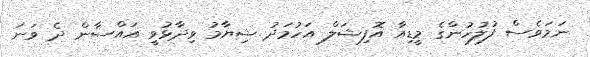
ނަމަވެސް ފުލުހުންގެ މީޑިއާ އޮފިޝަލް އަހުމަދު ޝިޔާމު ވިދާޅުވީ ޣައްސާން ދެ ވަނަ